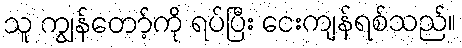
သူ ကျွန်တော့်ကို ရပ်ပြီး ငေးကျန်ရစ်သည်။